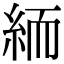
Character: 𥿶